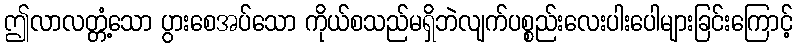
ဤလာလတ္တံ့သော ပွားစေအပ်သော ကိုယ်စသည်မရှိဘဲလျက်ပစ္စည်းလေးပါးပေါများခြင်းကြောင့်